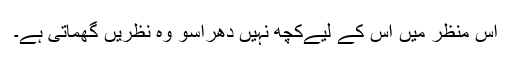
اس منظر میں اس کے لیےکچھ نہیں دھراسو وہ نظریں گھماتی ہے۔